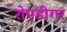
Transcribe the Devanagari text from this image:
रोएडीगर